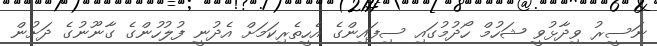
ނަސީރު ވިދާޅުވީ ޝަހުމް ހޯދުމުގައި ސިފައިންގެ އެހީތެރިކަމަށް އެދުނީ ފުލުހުންގެ ގާނޫނުގެ ދަށުން